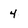
Character: 4